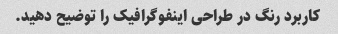
کاربرد رنگ در طراحی اینفوگرافیک را توضیح دهید.